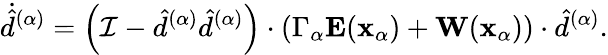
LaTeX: \dot{\hat{d}}^{(\alpha)}=\left(\mathcal{I}-\hat{d}^{(\alpha)}\hat{d}^{(\alpha)}\right)\cdot\left(\Gamma_{\alpha}\mathbf{E}(\mathbf{x}_{\alpha})+\mathbf{W}(\mathbf{x}_{\alpha})\right)\cdot\hat{d}^{(\alpha)}.